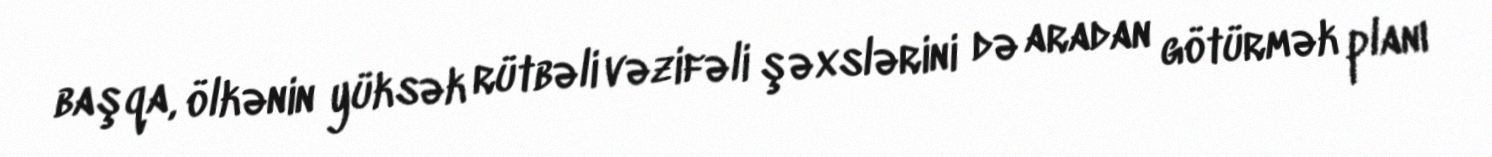
başqa, ölkənin yüksək rütbəli vəzifəli şəxslərini də aradan götürmək planı